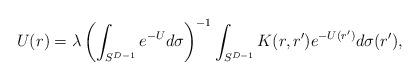
LaTeX: \begin{align*} U (r) = \lambda \left( \int_{S^{D - 1}} e^{- U} d \sigma \right)^{- 1} \int_{S^{D - 1}} K (r, r') e^{- U (r')} d \sigma (r'),\end{align*}